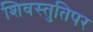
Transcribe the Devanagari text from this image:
शिवस्तुतिपर